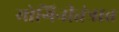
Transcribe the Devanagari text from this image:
योगिनीतंत्रात